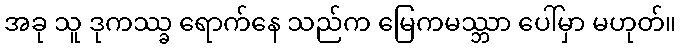
အခု သူ ဒုကဿ္ခ ရောက်နေ သည်က မြေကမဿ္ဘာ ပေါ်မှာ မဟုတ်။